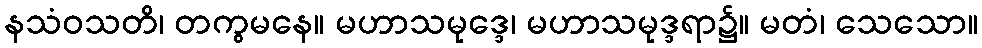
နသံဝသတိ၊ တကွမနေ။ မဟာသမုဒ္ဒေ၊ မဟာသမုဒ္ဒရာ၌။ မတံ၊ သေသော။